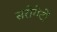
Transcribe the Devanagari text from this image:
सरोगेटों